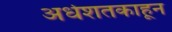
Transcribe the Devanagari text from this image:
अर्धशतकाहून